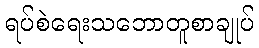
ရပ်စဲရေးသဘောတူစာချုပ်